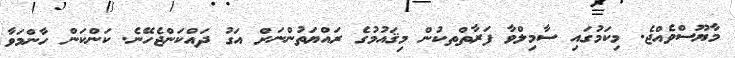
މާޔޫސްވެއްޖެ. މިކަމުގައި ސާމިލްވާ ފަރާތްތކުން މިޤައުމުގެ ރައްޔަތުންނަށް އަގު ދައްކަންޖެހޭނެ. ކަންކަން ހާންމަވާ